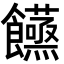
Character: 𮩙